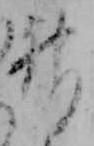
神